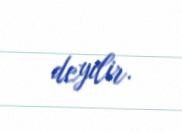
deyilir.